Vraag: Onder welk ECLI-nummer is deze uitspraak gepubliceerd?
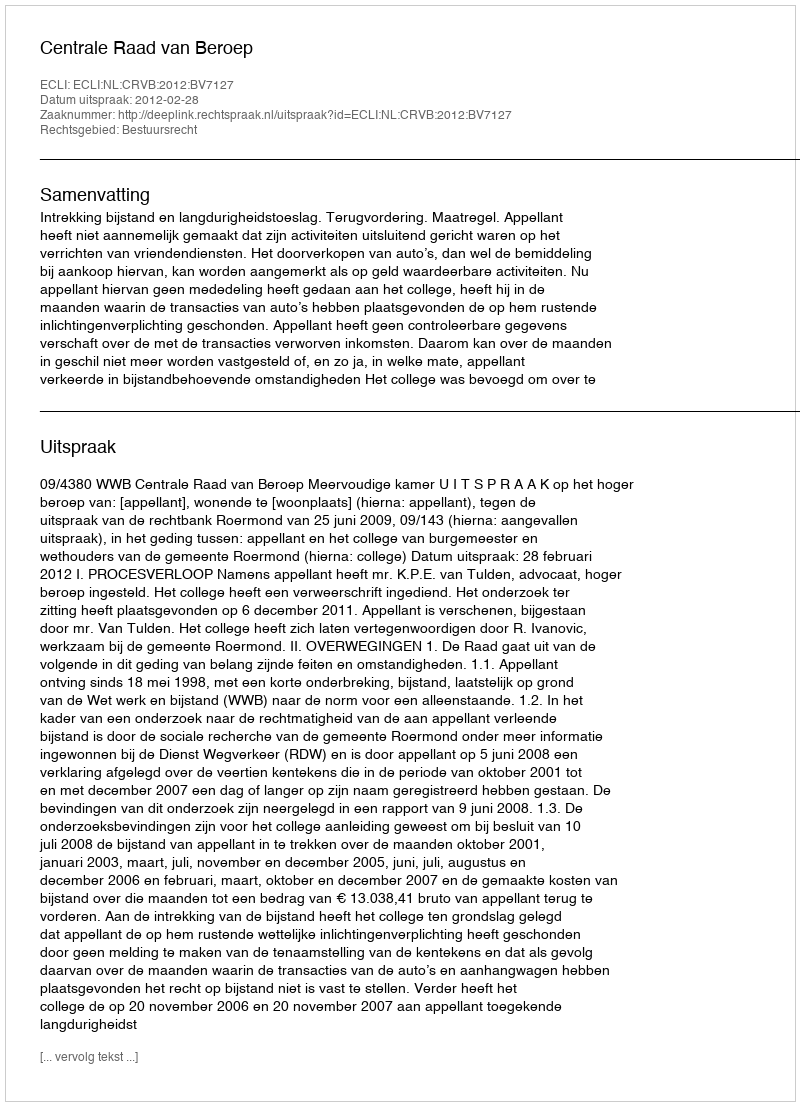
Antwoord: ECLI:NL:CRVB:2012:BV7127